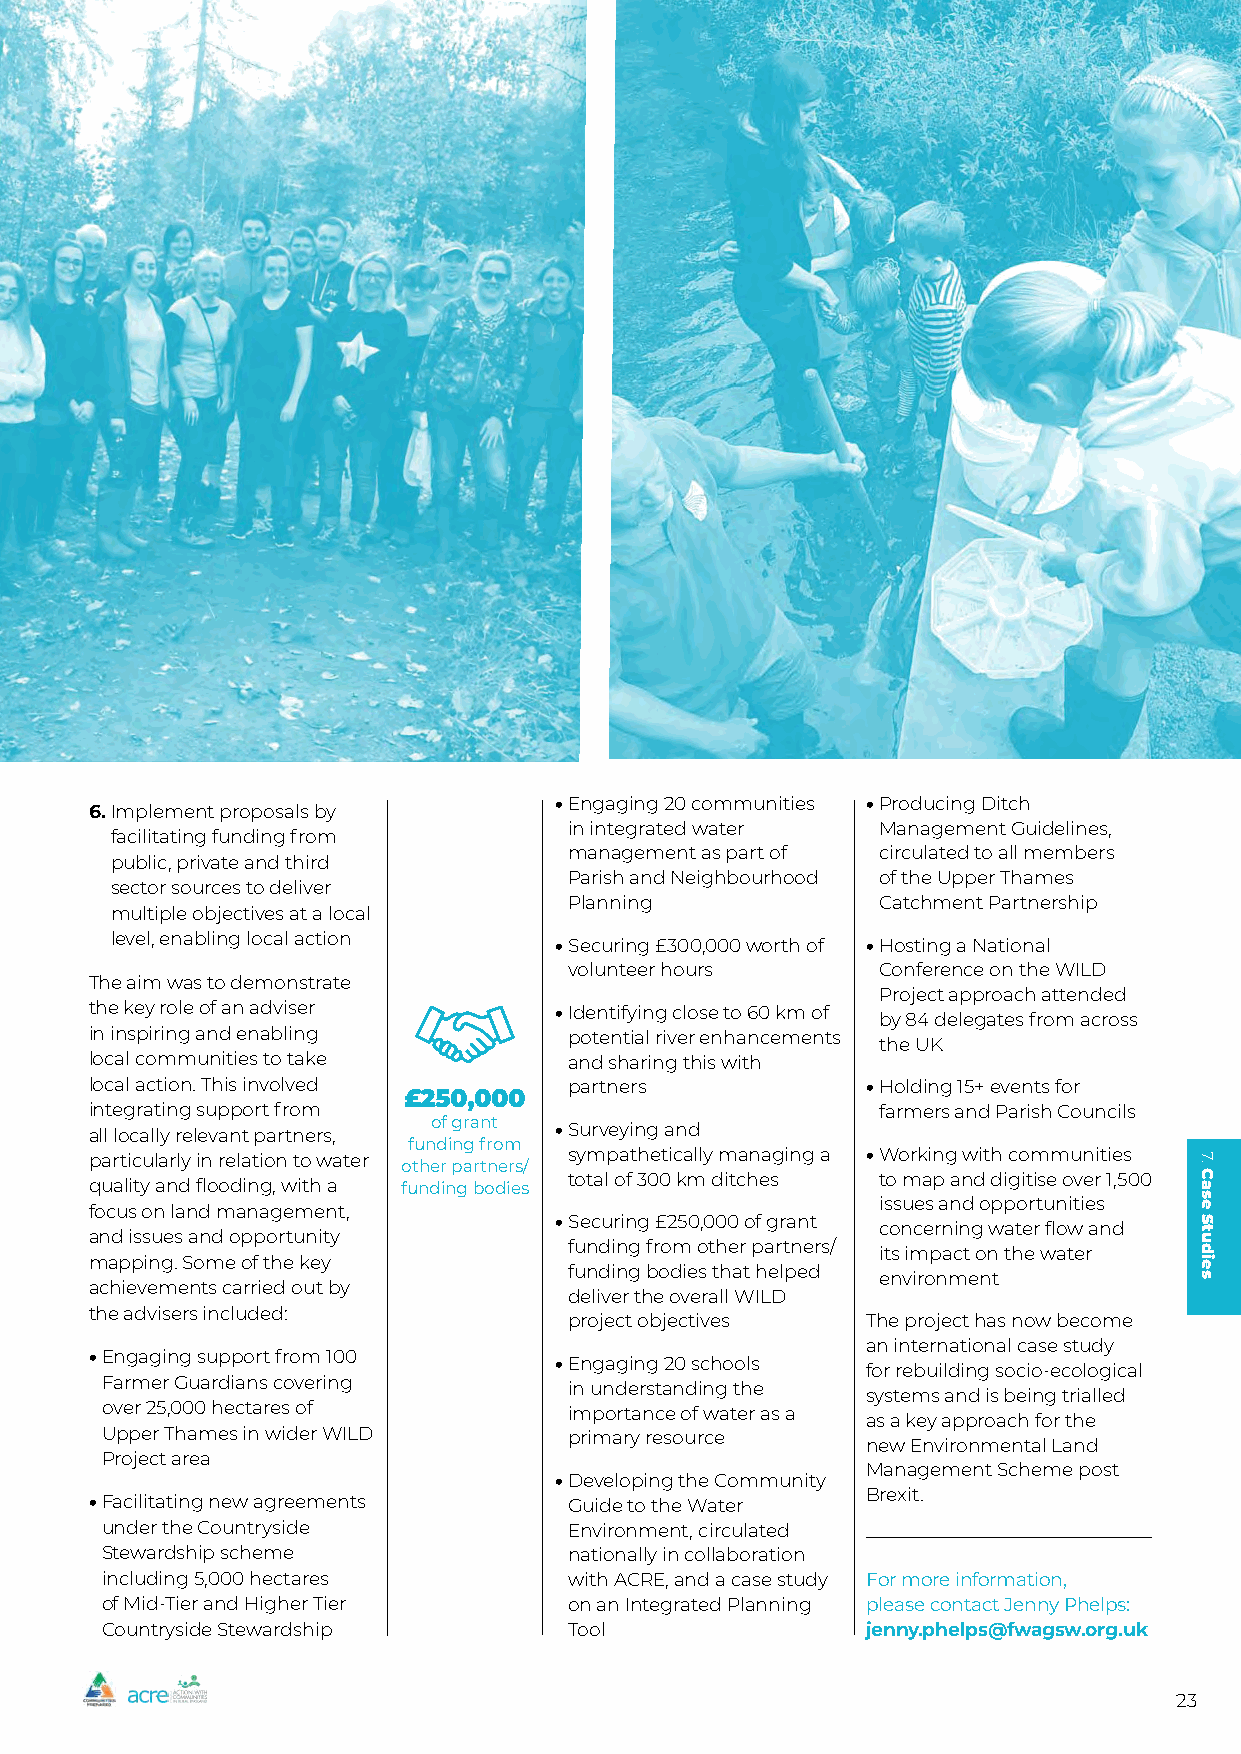
• E ngaging 20 communities • P roducing Ditch
 6. I mplement proposals by
 in integrated water Management Guidelines,
 facilitating funding from
 management as part of circulated to all members
 public, private and third
 Parish and Neighbourhood of the Upper Thames
 sector sources to deliver
 Planning            Catchment Partnership
 multiple objectives at a local
 level, enabling local action  • S ecuring £300,000 worth of • H osting a National
 volunteer hours     Conference on the WILD
 The aim was to demonstrate
 Project approach attended
 the key role of an adviser     • I dentifying close to 60 km of
 by 84 delegates from across
 in inspiring and enabling       potential river enhancements
 the UK
 local communities to take       and sharing this with
 local action. This involved     partners           • H olding 15+ events for
 £250,000
 integrating support from                            farmers and Parish Councils
 all locally relevant partners, of grant • S urveying and
 funding from
 particularly in relation to water other partners/ sympathetically managing a • W orking with communities
 total of 300 km ditches to map and digitise over 1,500
 quality and flooding, with a funding bodies
 issues and opportunities
 focus on land management,
 • S ecuring £250,000 of grant
 concerning water flow and
 and issues and opportunity
 funding from other partners/
 its impact on the water
 mapping. Some of the key
 funding bodies that helped
 environment
 achievements carried out by
 deliver the overall WILD
 the advisers included:
 project objectives The project has now become
 an international case study
 • E ngaging support from 100
 • E ngaging 20 schools
 for rebuilding socio-ecological
 Farmer Guardians covering      in understanding the
 systems and is being trialled
 over 25,000 hectares of        importance of water as a
 as a key approach for the
 Upper Thames in wider WILD     primary resource
 new Environmental Land
 Project area
 Management Scheme post
 • D eveloping the Community
 Brexit.
 • F acilitating new agreements  Guide to the Water
 under the Countryside          Environment, circulated
 Stewardship scheme             nationally in collaboration
 including 5,000 hectares       with ACRE, and a case study For more information,
 of Mid-Tier and Higher Tier    on an Integrated Planning please contact Jenny Phelps:
 Countryside Stewardship        Tool               jenny.phelps@fwagsw.org.uk
 23
 7.
 Case
 Studies